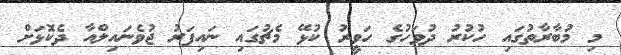
މި މުބާރާތުގައި ހުކުރު ދުވަހުގެ ހަވީރު ކުޅޭ މެޗުގައި ނައިފަރު ޖުވެނައިލްއާ ދެކޮޅަށް